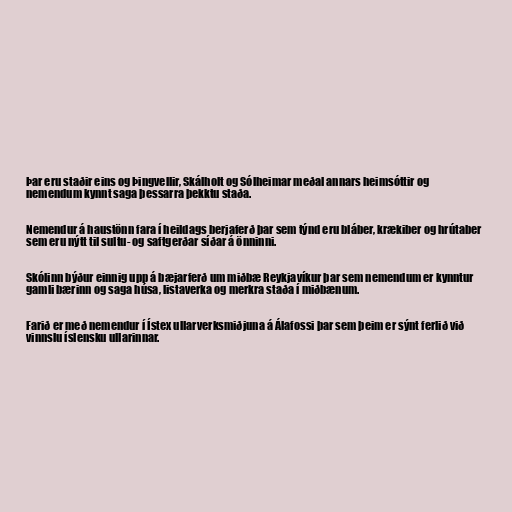
Þar eru staðir eins og Þingvellir, Skálholt og Sólheimar meðal annars heimsóttir og
nemendum kynnt saga þessarra þekktu staða.

Nemendur á haustönn fara í heildags berjaferð þar sem týnd eru bláber, krækiber og hrútaber
sem eru nýtt til sultu- og saftgerðar síðar á önninni.

Skólinn býður einnig upp á bæjarferð um miðbæ Reykjavíkur þar sem nemendum er kynntur
gamli bærinn og saga húsa, listaverka og merkra staða í miðbænum.

Farið er með nemendur í Ístex ullarverksmiðjuna á Álafossi þar sem þeim er sýnt ferlið við
vinnslu íslensku ullarinnar.